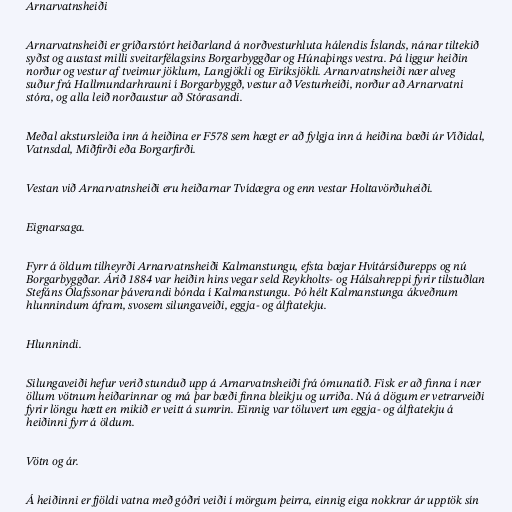
Arnarvatnsheiði

Arnarvatnsheiði er gríðarstórt heiðarland á norðvesturhluta hálendis Íslands, nánar tiltekið
syðst og austast milli sveitarfélagsins Borgarbyggðar og Húnaþings vestra. Þá liggur heiðin
norður og vestur af tveimur jöklum, Langjökli og Eiríksjökli. Arnarvatnsheiði nær alveg
suður frá Hallmundarhrauni í Borgarbyggð, vestur að Vesturheiði, norður að Arnarvatni
stóra, og alla leið norðaustur að Stórasandi.

Meðal akstursleiða inn á heiðina er F578 sem hægt er að fylgja inn á heiðina bæði úr Víðidal,
Vatnsdal, Miðfirði eða Borgarfirði.

Vestan við Arnarvatnsheiði eru heiðarnar Tvídægra og enn vestar Holtavörðuheiði.

Eignarsaga.

Fyrr á öldum tilheyrði Arnarvatnsheiði Kalmanstungu, efsta bæjar Hvítársíðurepps og nú
Borgarbyggðar. Árið 1884 var heiðin hins vegar seld Reykholts- og Hálsahreppi fyrir tilstuðlan
Stefáns Ólafssonar þáverandi bónda í Kalmanstungu. Þó hélt Kalmanstunga ákveðnum
hlunnindum áfram, svosem silungaveiði, eggja- og álftatekju.

Hlunnindi.

Silungaveiði hefur verið stunduð upp á Arnarvatnsheiði frá ómunatíð. Fisk er að finna í nær
öllum vötnum heiðarinnar og má þar bæði finna bleikju og urriða. Nú á dögum er vetrarveiði
fyrir löngu hætt en mikið er veitt á sumrin. Einnig var töluvert um eggja- og álftatekju á
heiðinni fyrr á öldum.

Vötn og ár.

Á heiðinni er fjöldi vatna með góðri veiði í mörgum þeirra, einnig eiga nokkrar ár upptök sín